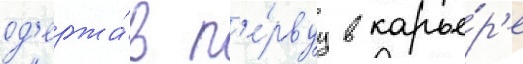
од'ержа́в п'е́рвуу в карье́р'е